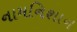
નામનિશાન